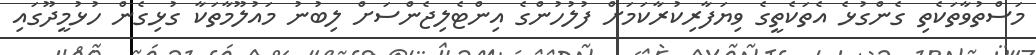
މަސްތުވާތަކެތި ގެންގުޅެ އެތަކެތީގެ ވިޔަފާރިކުރާކަމަށް ފުލުހުންގެ އިންޓެލިޖެންސަށް ލިބުނު މައުލޫމާތަކާ ގުޅިގެން ހުޅުމީދޫގައި